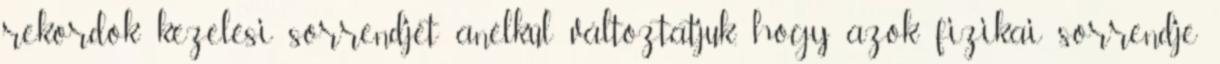
rekordok kezelési sorrendjét anélkül változtatjuk, hogy azok fizikai sorrendje